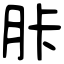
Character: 胩